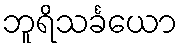
ဘူရိသင်္ခယော